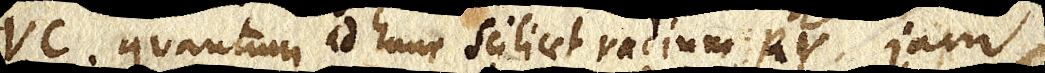
VC quantum ad hunc scilicet radium RV. jam